Scottish Certificate of Education, 1962
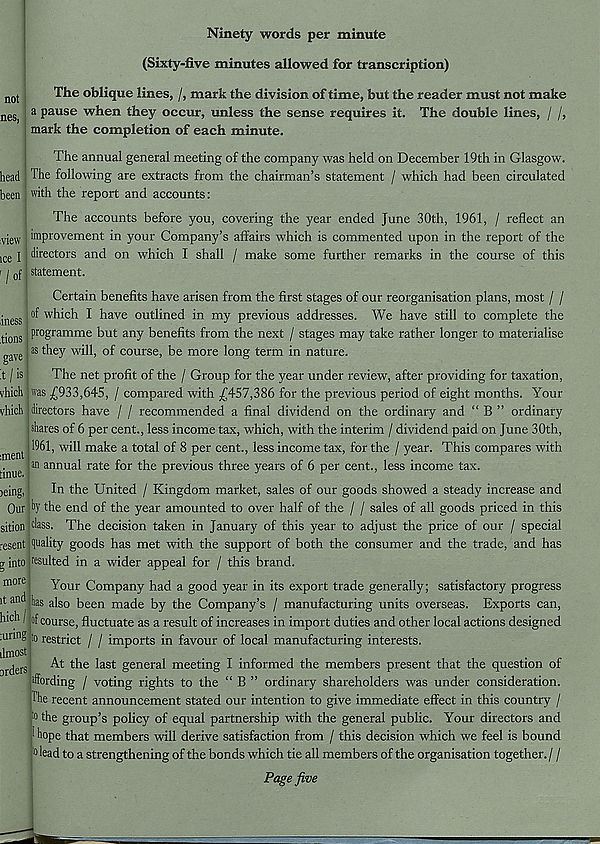
not
nes,
head
been
:view
ice I
' I of
iness
.tions
gave
:t / is
vhich
vhich
:ment
tinue.
wing,
Our
sition
resent
g into
more
it and
hich I,
ruring
dmost
orders
Ninety words per minute
(Sixty-five minutes allowed for transcription)
The oblique lines, /, mark the division of time, but the reader must not make
a pause when they occur, unless the sense requires it. The double lines, / /,
mark the completion of each minute.
The annual general meeting of the company was held on December 19th in Glasgow.
The following are extracts from the chairman’s statement / which had been circulated
with the report and accounts:
The accounts before you, covering the year ended June 30th, 1961, / reflect an
improvement in your Company’s affairs which is commented upon in the report of the
directors and on which I shall / make some further remarks in the course of this
statement.
Certain benefits have arisen from the first stages of our reorganisation plans, most / /
of which I have outlined in my previous addresses. We have still to complete the
programme but any benefits from the next / stages may take rather longer to materialise
as they will, of course, be more long term in nature.
The net profit of the / Group for the year under review, after providing for taxation,
was £933,645, / compared with £457,386 for the previous period of eight months. Your
directors have / / recommended a final dividend on the ordinary and “ B ” ordinary
shares of 6 per cent., less income tax, which, with the interim / dividend paid on June 30th,
1961, will make a total of 8 per cent., less income tax, for the / year. This compares with
an annual rate for the previous three years of 6 per cent., less income tax.
In the United / Kingdom market, sales of our goods showed a steady increase and
by the end of the year amounted to over half of the / / sales of all goods priced in this
class. The decision taken in January of this year to adjust the price of our / special
quality goods has met with the support of both the consumer and the trade, and has
resulted in a wider appeal for / this brand.
Your Company had a good year in its export trade generally; satisfactory progress
bas also been made by the Company’s / manufacturing units overseas. Exports can,
of course, fluctuate as a result of increases in import duties and other local actions designed
to restrict / / imports in favour of local manufacturing interests.
At the last general meeting I informed the members present that the question of
Wording / voting rights to the “ B ” ordinary shareholders was under consideration.
The recent announcement stated our intention to give immediate effect in this country /
to the group’s policy of equal partnership with the general public. Your directors and
I hope that members will derive satisfaction from / this decision which we feel is bound
to lead to a strengthening of the bonds which tie all members of the organisation together. / /
Page five